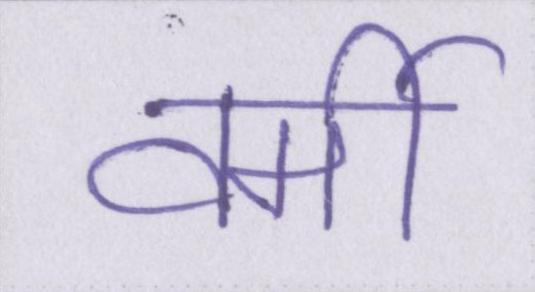
वर्मी